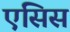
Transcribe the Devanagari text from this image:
एंसिस